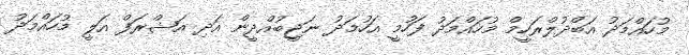
މުހައްމަދު އަބްދުލްރަހީމް މުހައްމަދު ފަހުމީ އަހުމަދު ނަޖީބުއްދީން އަދި އަޝްރަފް އަލީ މުހައްމަދު